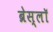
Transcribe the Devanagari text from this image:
ब्रेस्लॉ